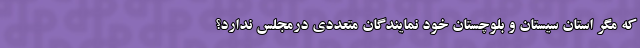
که مگر استان سیستان و بلوچستان خود نمایندگان متعددی درمجلس ندارد؟